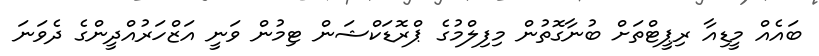
ބައެއް މީޑިއާ ރިޕީޓްތަށް ބުނާގޮތުން މިފިލްމުގެ ޕްރޮޑަކްޝަން ޓިމުން ވަނީ އަޒްހަރުއްދީންގެ ދެވަނަ